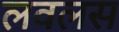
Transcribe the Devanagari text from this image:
लवलस